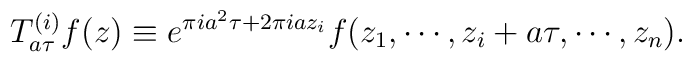
T^{(i)}_{a \tau} f(z) \equiv e^{\pi i a^2 \tau + 2 \pi i a z_i}f(z_1,\cdots, z_i + a \tau, \cdots, z_n).